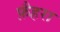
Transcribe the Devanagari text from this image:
फ़ैहरा